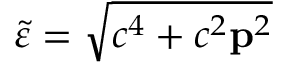
\tilde { \varepsilon } = \sqrt { c ^ { 4 } + c ^ { 2 } { \mathbf p } ^ { 2 } }